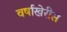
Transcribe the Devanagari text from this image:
वर्षाखेरीस